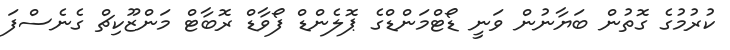
ކުރުމުގެ ގޮތުން ބަޔާނުން ވަނީ ޑޯޓްމަންޑްގެ ޕޮލެންޑް ފޯވާޑް ރޮބާޓް މަންޒޫކިޗް ގެނެސްފަ